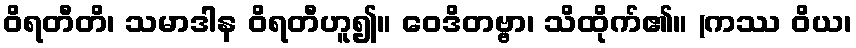
ဝိရတီတိ၊ သမာဒါန ဝိရတီဟူ၍။ ဝေဒိတဗ္ဗာ၊ သိထိုက်၏။ (ကဿ ဝိယ၊